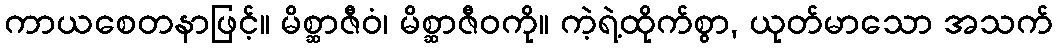
ကာယစေတနာဖြင့်။ မိစ္ဆာဇီဝံ၊ မိစ္ဆာဇီဝကို။ ကဲ့ရဲ့ထိုက်စွာ, ယုတ်မာသော အသက်